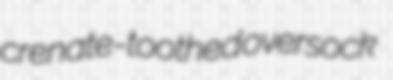
crenate-toothed oversock